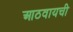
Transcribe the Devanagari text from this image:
आठवायची